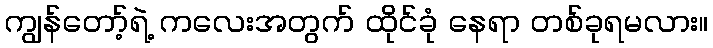
ကျွန်တော့်ရဲ့ ကလေးအတွက် ထိုင်ခုံ နေရာ တစ်ခုရမလား။